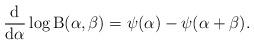
LaTeX: \begin{align*}\frac{\mathrm{d}}{\mathrm{d}\alpha}\log\mathrm{B}(\alpha,\beta)&=\psi(\alpha) - \psi(\alpha+\beta).\end{align*}